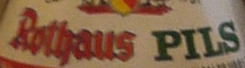
Rothaus PILS